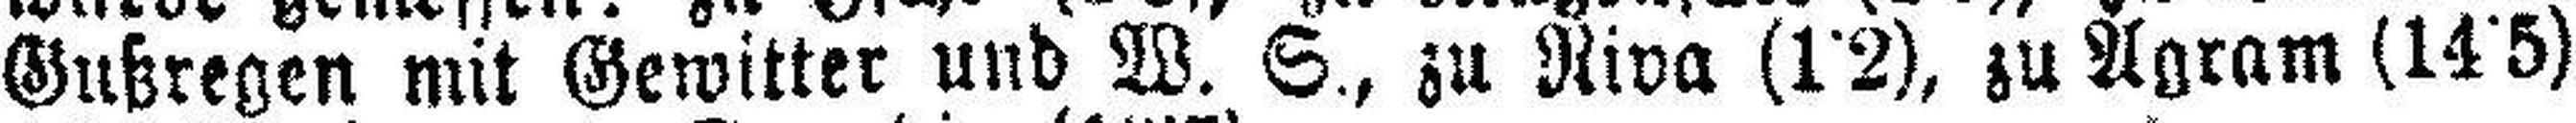
Gußregen mit Gewitter und W. S., zu Riva (1˙2), zu Agram (14˙5)